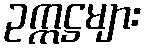
ဥက္ကဋ္ဌများ